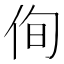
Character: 侚